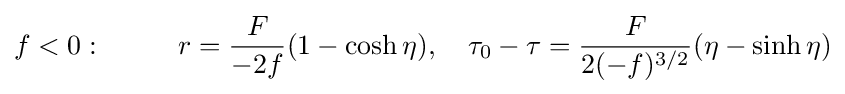
f<0:~~~~~~~~r={\frac {F}{-2f}}(1-\cosh \eta ),\quad \tau _{0}-\tau ={\frac {F}{2(-f)^{3/2}}}(\eta -\sinh \eta )